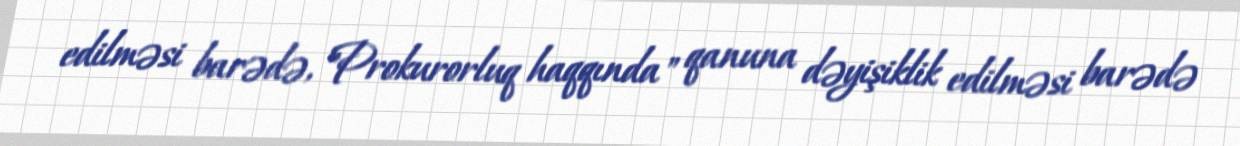
edilməsi barədə, "Prokurorluq haqqında" qanuna dəyişiklik edilməsi barədə